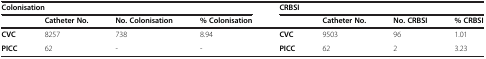
<table><thead><tr><td colspan="4"><b>Colonisation</b></td><td colspan="4"><b>CRBSI</b></td></tr><tr><td><b> </b></td><td><b>Catheter No.</b></td><td><b>No. Colonisation</b></td><td><b>% Colonisation</b></td><td><b> </b></td><td><b>Catheter No.</b></td><td><b>No. CRBSI</b></td><td><b>% CRBSI</b></td></tr></thead><tbody><tr><td><b>CVC</b></td><td>8257</td><td>738</td><td>8.94</td><td><b>CVC</b></td><td>9503</td><td>96</td><td>1.01</td></tr><tr><td><b>PICC</b></td><td>62</td><td>-</td><td>-</td><td><b>PICC</b></td><td>62</td><td>2</td><td>3.23</td></tr></tbody></table>